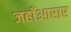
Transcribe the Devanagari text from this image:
जहाँआराए